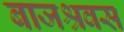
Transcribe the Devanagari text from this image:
बाजश्रवस